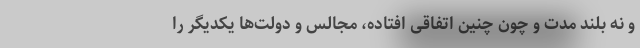
و نه بلند مدت و چون چنین اتفاقی افتاده، مجالس و دولت‌ها یکدیگر را